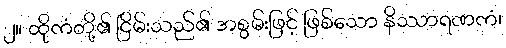
၂။ ထိုကံတို့၏ ငြိမ်းသည်၏ အစွမ်းဖြင့် ဖြစ်သော နိဿာရဏကံ၊